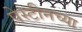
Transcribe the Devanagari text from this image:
पेस्टीनच्या